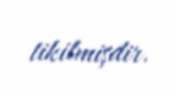
tikilmişdir.